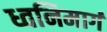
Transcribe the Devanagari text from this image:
ध्वनिमार्ग